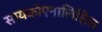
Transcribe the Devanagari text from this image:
सायकोएनालिसिस